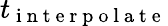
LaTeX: t_{\mathrm{~i~n~t~e~r~p~o~l~a~t~e~}}